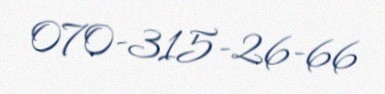
070-315-26-66